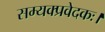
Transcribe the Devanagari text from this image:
सम्यक्प्रवेदकः।